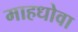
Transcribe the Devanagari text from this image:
माहधोवा